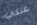
عنكي